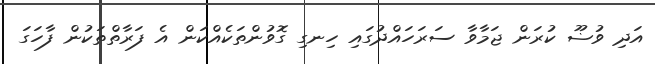
އަދި ވުޟޫ ކުރަން ޖަމާވާ ސަރަހައްދުގައި ހިނގި ގޮވުންތަކެއްކަން އެ ފަރާތްތަކުން ފާހަގަ